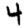
Digit: 4